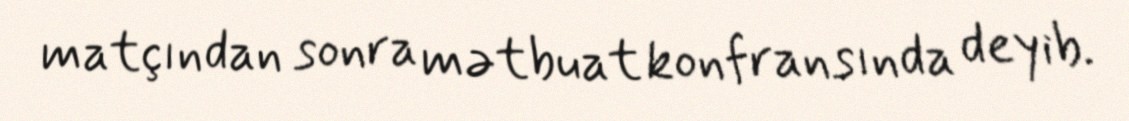
matçından sonra mətbuat konfransında deyib.